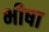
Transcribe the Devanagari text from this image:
भीषा